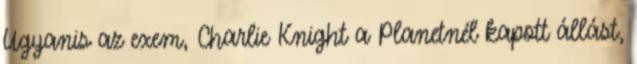
Ugyanis az exem, Charlie Knight a Planetnél kapott állást,